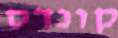
קונדס